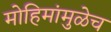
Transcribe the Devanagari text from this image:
मोहिमांमुळेच